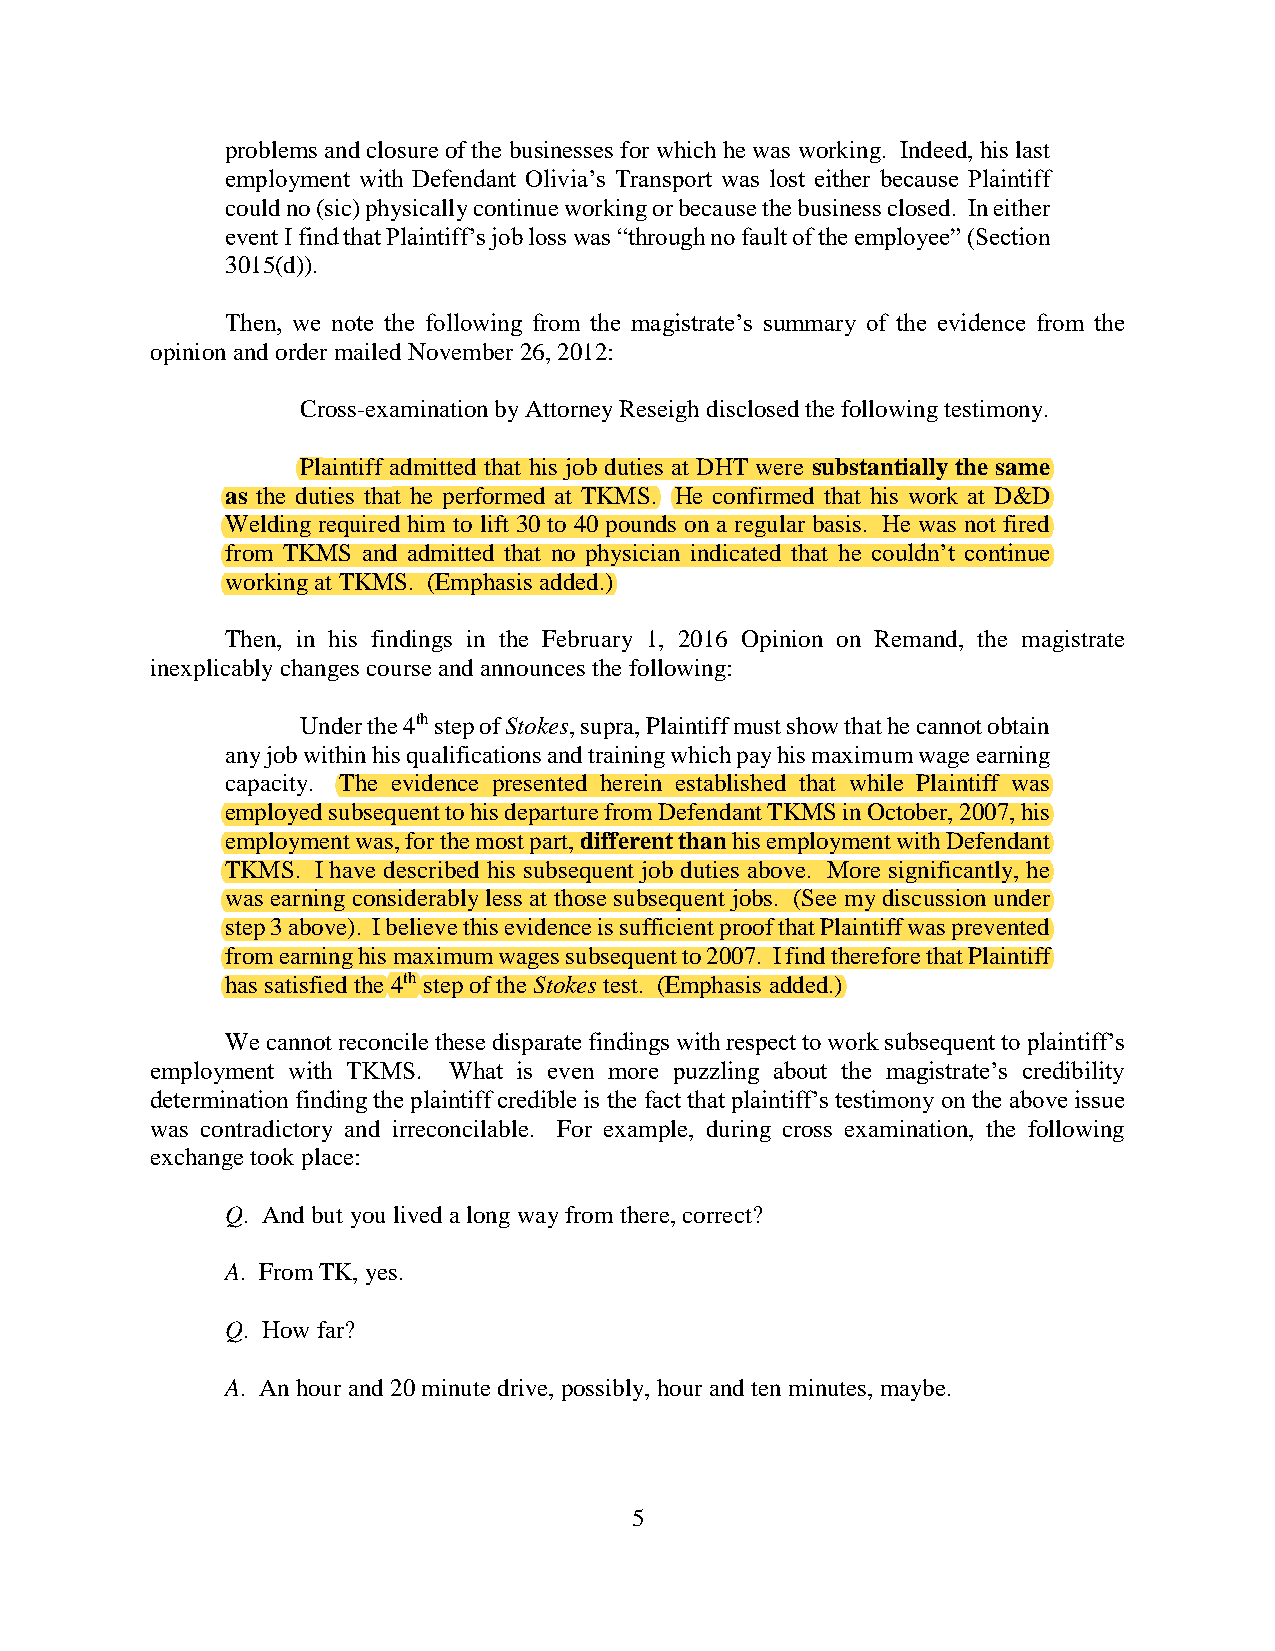
problems and closure of the businesses for which he was working. Indeed, his last
 employment with Defendant Olivia’s Transport was lost either because Plaintiff
 could no (sic) physically continue working or because the business closed. In either
 event I find that Plaintiff’s job loss was “through no fault of the employee” (Section
 3015(d)).
 Then, we note the following from the magistrate’s summary of the evidence from the
 opinion and order mailed November 26, 2012:
 Cross-examination by Attorney Reseigh disclosed the following testimony.
 Plaintiff admitted that his job duties at DHT were substantially the same
 as the duties that he performed at TKMS. He confirmed that his work at D&D
 Welding required him to lift 30 to 40 pounds on a regular basis. He was not fired
 from TKMS and admitted that no physician indicated that he couldn’t continue
 working at TKMS. (Emphasis added.)
 Then, in his findings in the February 1, 2016 Opinion on Remand, the magistrate
 inexplicably changes course and announces the following:
 Under the 4th step of Stokes, supra, Plaintiff must show that he cannot obtain
 any job within his qualifications and training which pay his maximum wage earning
 capacity. The evidence presented herein established that while Plaintiff was
 employed subsequent to his departure from Defendant TKMS in October, 2007, his
 employment was, for the most part, different than his employment with Defendant
 TKMS. I have described his subsequent job duties above. More significantly, he
 was earning considerably less at those subsequent jobs. (See my discussion under
 step 3 above). I believe this evidence is sufficient proof that Plaintiff was prevented
 from earning his maximum wages subsequent to 2007. I find therefore that Plaintiff
 has satisfied the 4th step of the Stokes test. (Emphasis added.)
 We cannot reconcile these disparate findings with respect to work subsequent to plaintiff’s
 employment with TKMS. What is even more puzzling about the magistrate’s credibility
 determination finding the plaintiff credible is the fact that plaintiff’s testimony on the above issue
 was contradictory and irreconcilable. For example, during cross examination, the following
 exchange took place:
 Q. And but you lived a long way from there, correct?
 A. From TK, yes.
 Q. How far?
 A. An hour and 20 minute drive, possibly, hour and ten minutes, maybe.
 5